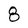
Character: 8